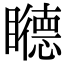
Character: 𥌩